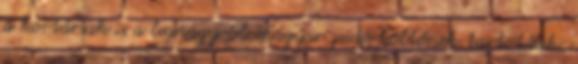
a kortársak is a legnagyobb magyar zsidó költőnek tartották: